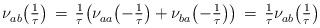
LaTeX: \begin{align*} \nu^{}_{ab} \bigl( \tfrac{1}{\tau}\bigr) \, = \, \tfrac{1}{\tau} \bigl( \nu^{}_{aa} \bigl(- \tfrac{1}{\tau}\bigr) + \nu^{}_{ba} \bigl( -\tfrac{1}{\tau}\bigr) \bigr) \, = \, \tfrac{1}{\tau} \nu^{}_{ab} \bigl( \tfrac{1}{\tau}\bigr) \end{align*}